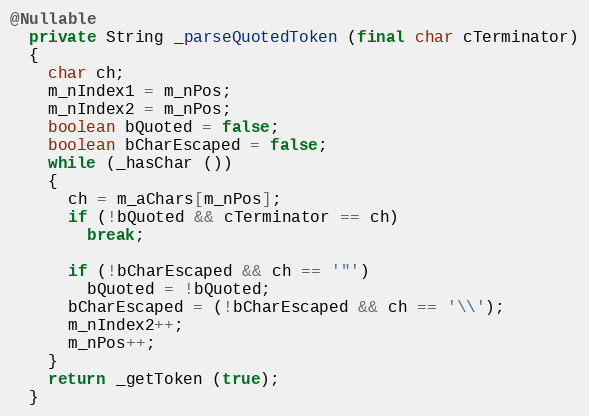
Language: Java
@Nullable
  private String _parseQuotedToken (final char cTerminator)
  {
    char ch;
    m_nIndex1 = m_nPos;
    m_nIndex2 = m_nPos;
    boolean bQuoted = false;
    boolean bCharEscaped = false;
    while (_hasChar ())
    {
      ch = m_aChars[m_nPos];
      if (!bQuoted && cTerminator == ch)
        break;

      if (!bCharEscaped && ch == '"')
        bQuoted = !bQuoted;
      bCharEscaped = (!bCharEscaped && ch == '\\');
      m_nIndex2++;
      m_nPos++;
    }
    return _getToken (true);
  }